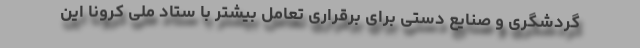
گردشگری و صنایع دستی برای برقراری تعامل بیشتر با ستاد ملی کرونا این